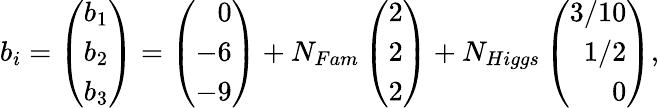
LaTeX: b_{i}=\left(\begin{array}{r}{{b_{1}}}\\ {{b_{2}}}\\ {{b_{3}}}\end{array}\right)=\left(\begin{array}{r}{{0}}\\ {{-6}}\\ {{-9}}\end{array}\right)+N_{Fam}\left(\begin{array}{r}{{2}}\\ {{2}}\\ {{2}}\end{array}\right)+N_{Higgs}\left(\begin{array}{r}{{3/10}}\\ {{1/2}}\\ {{0}}\end{array}\right),